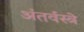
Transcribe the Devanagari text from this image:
अंतर्वस्त्रे